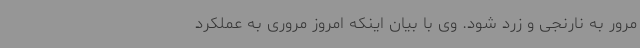
مرور به نارنجی و زرد شود. وی با بیان اینکه امروز مروری به عملکرد